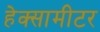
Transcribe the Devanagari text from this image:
हेक्सामीटर